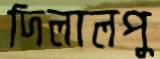
দিলালপু